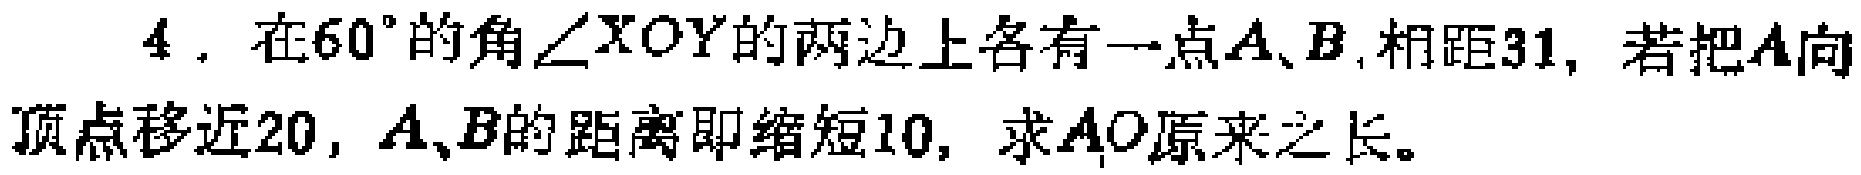
4. 在\(60^{\circ}\)的角\(\angle XOY\)的两边上各有一点\(A、B\), 相距\(31\)，若把\(A\)向顶点移近\(20\)，\(A、B\)的距离即缩短\(10\)，求\(AO\)原来之长。